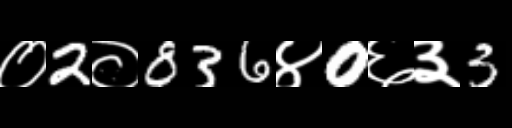
Text: ०2०836४0६३3